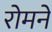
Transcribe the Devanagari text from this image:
रोमनें